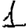
Digit: 1